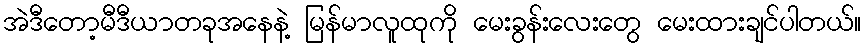
အဲဒီတော့မီဒီယာတခုအနေနဲ့ မြန်မာလူထုကို မေးခွန်းလေးတွေ မေးထားချင်ပါတယ်။